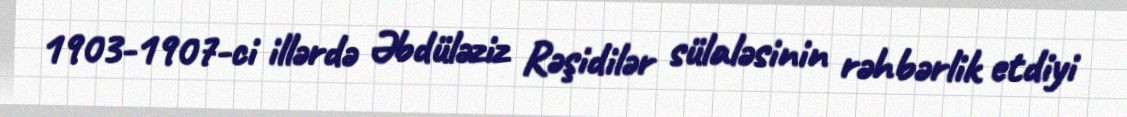
1903-1907-ci illərdə Əbdüləziz Rəşidilər sülaləsinin rəhbərlik etdiyi